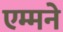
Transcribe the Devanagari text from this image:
एम्मने